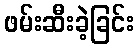
ဖမ်းဆီးခဲ့ခြင်း